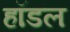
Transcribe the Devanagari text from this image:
हॉडल